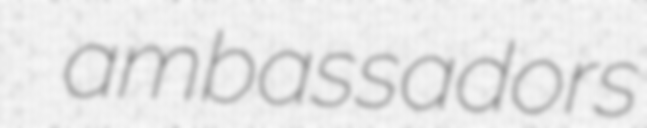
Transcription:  ambassadors